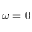
\omega = 0